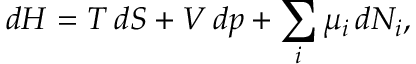
d H = T \, d S + V \, d p + \sum _ { i } \mu _ { i } \, d N _ { i } ,